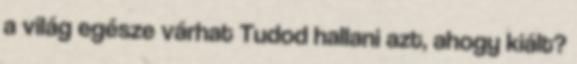
a világ egésze várhat Tudod hallani azt, ahogy kiált?